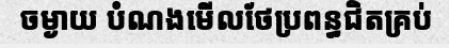
ចម្ងាយ បំណងមើលថែប្រពន្ធជិតគ្រប់